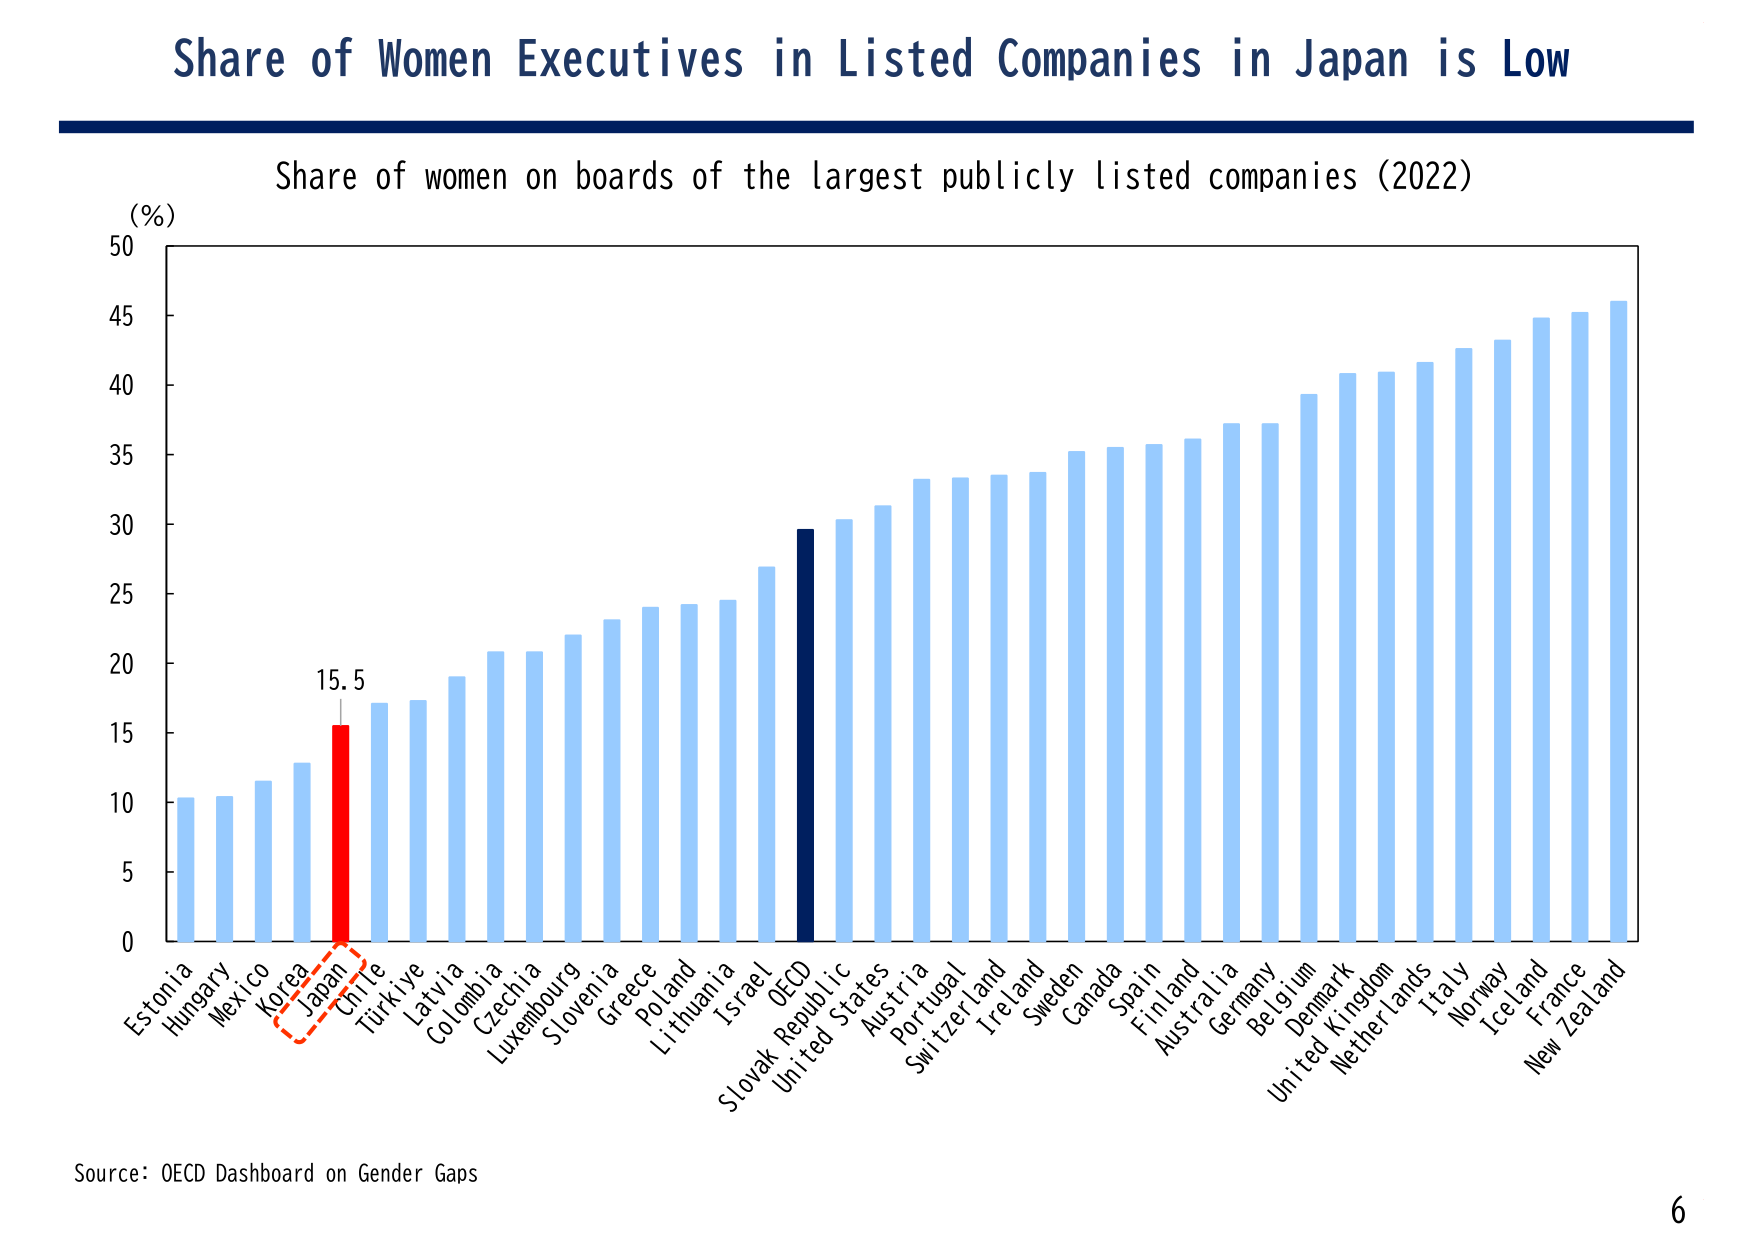
Share of Women Executives in Listed Companies in Japan is Low

Share of women on boards of the largest publicly listed companies (2022)

(%)
50
45
40
35
30
25
20
15
10
5
0

Estonia
Hungary
Mexico
Korea
Japan
Chile
Türkiye
Latvia
Colombia
Czechia
Luxembourg
Slovenia
Greece
Poland
Lithuania
Israel
OECD
Slovak Republic
United States
Austria
Portugal
Switzerland
Ireland
Sweden
Canada
Spain
Finland
Australia
Germany
Belgium
Denmark
United Kingdom
Netherlands
Italy
Norway
Iceland
France
New Zealand

15.5

Source: OECD Dashboard on Gender Gaps

6